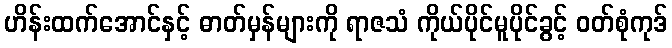
ဟိန်းထက်အောင်နှင့် ဓာတ်မှန်များကို ရာဇသံ ကိုယ်ပိုင်မူပိုင်ခွင့် ဝတ်စုံကုဒ်